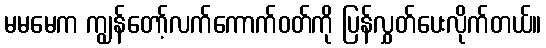
မမမေက ကျွန်တော့်လက်ကောက်ဝတ်ကို ပြန်လွှတ်ပေးလိုက်တယ်။